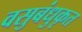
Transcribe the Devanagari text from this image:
वसुबंधुकृत